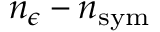
n _ { \epsilon } - n _ { \mathrm { s y m } }